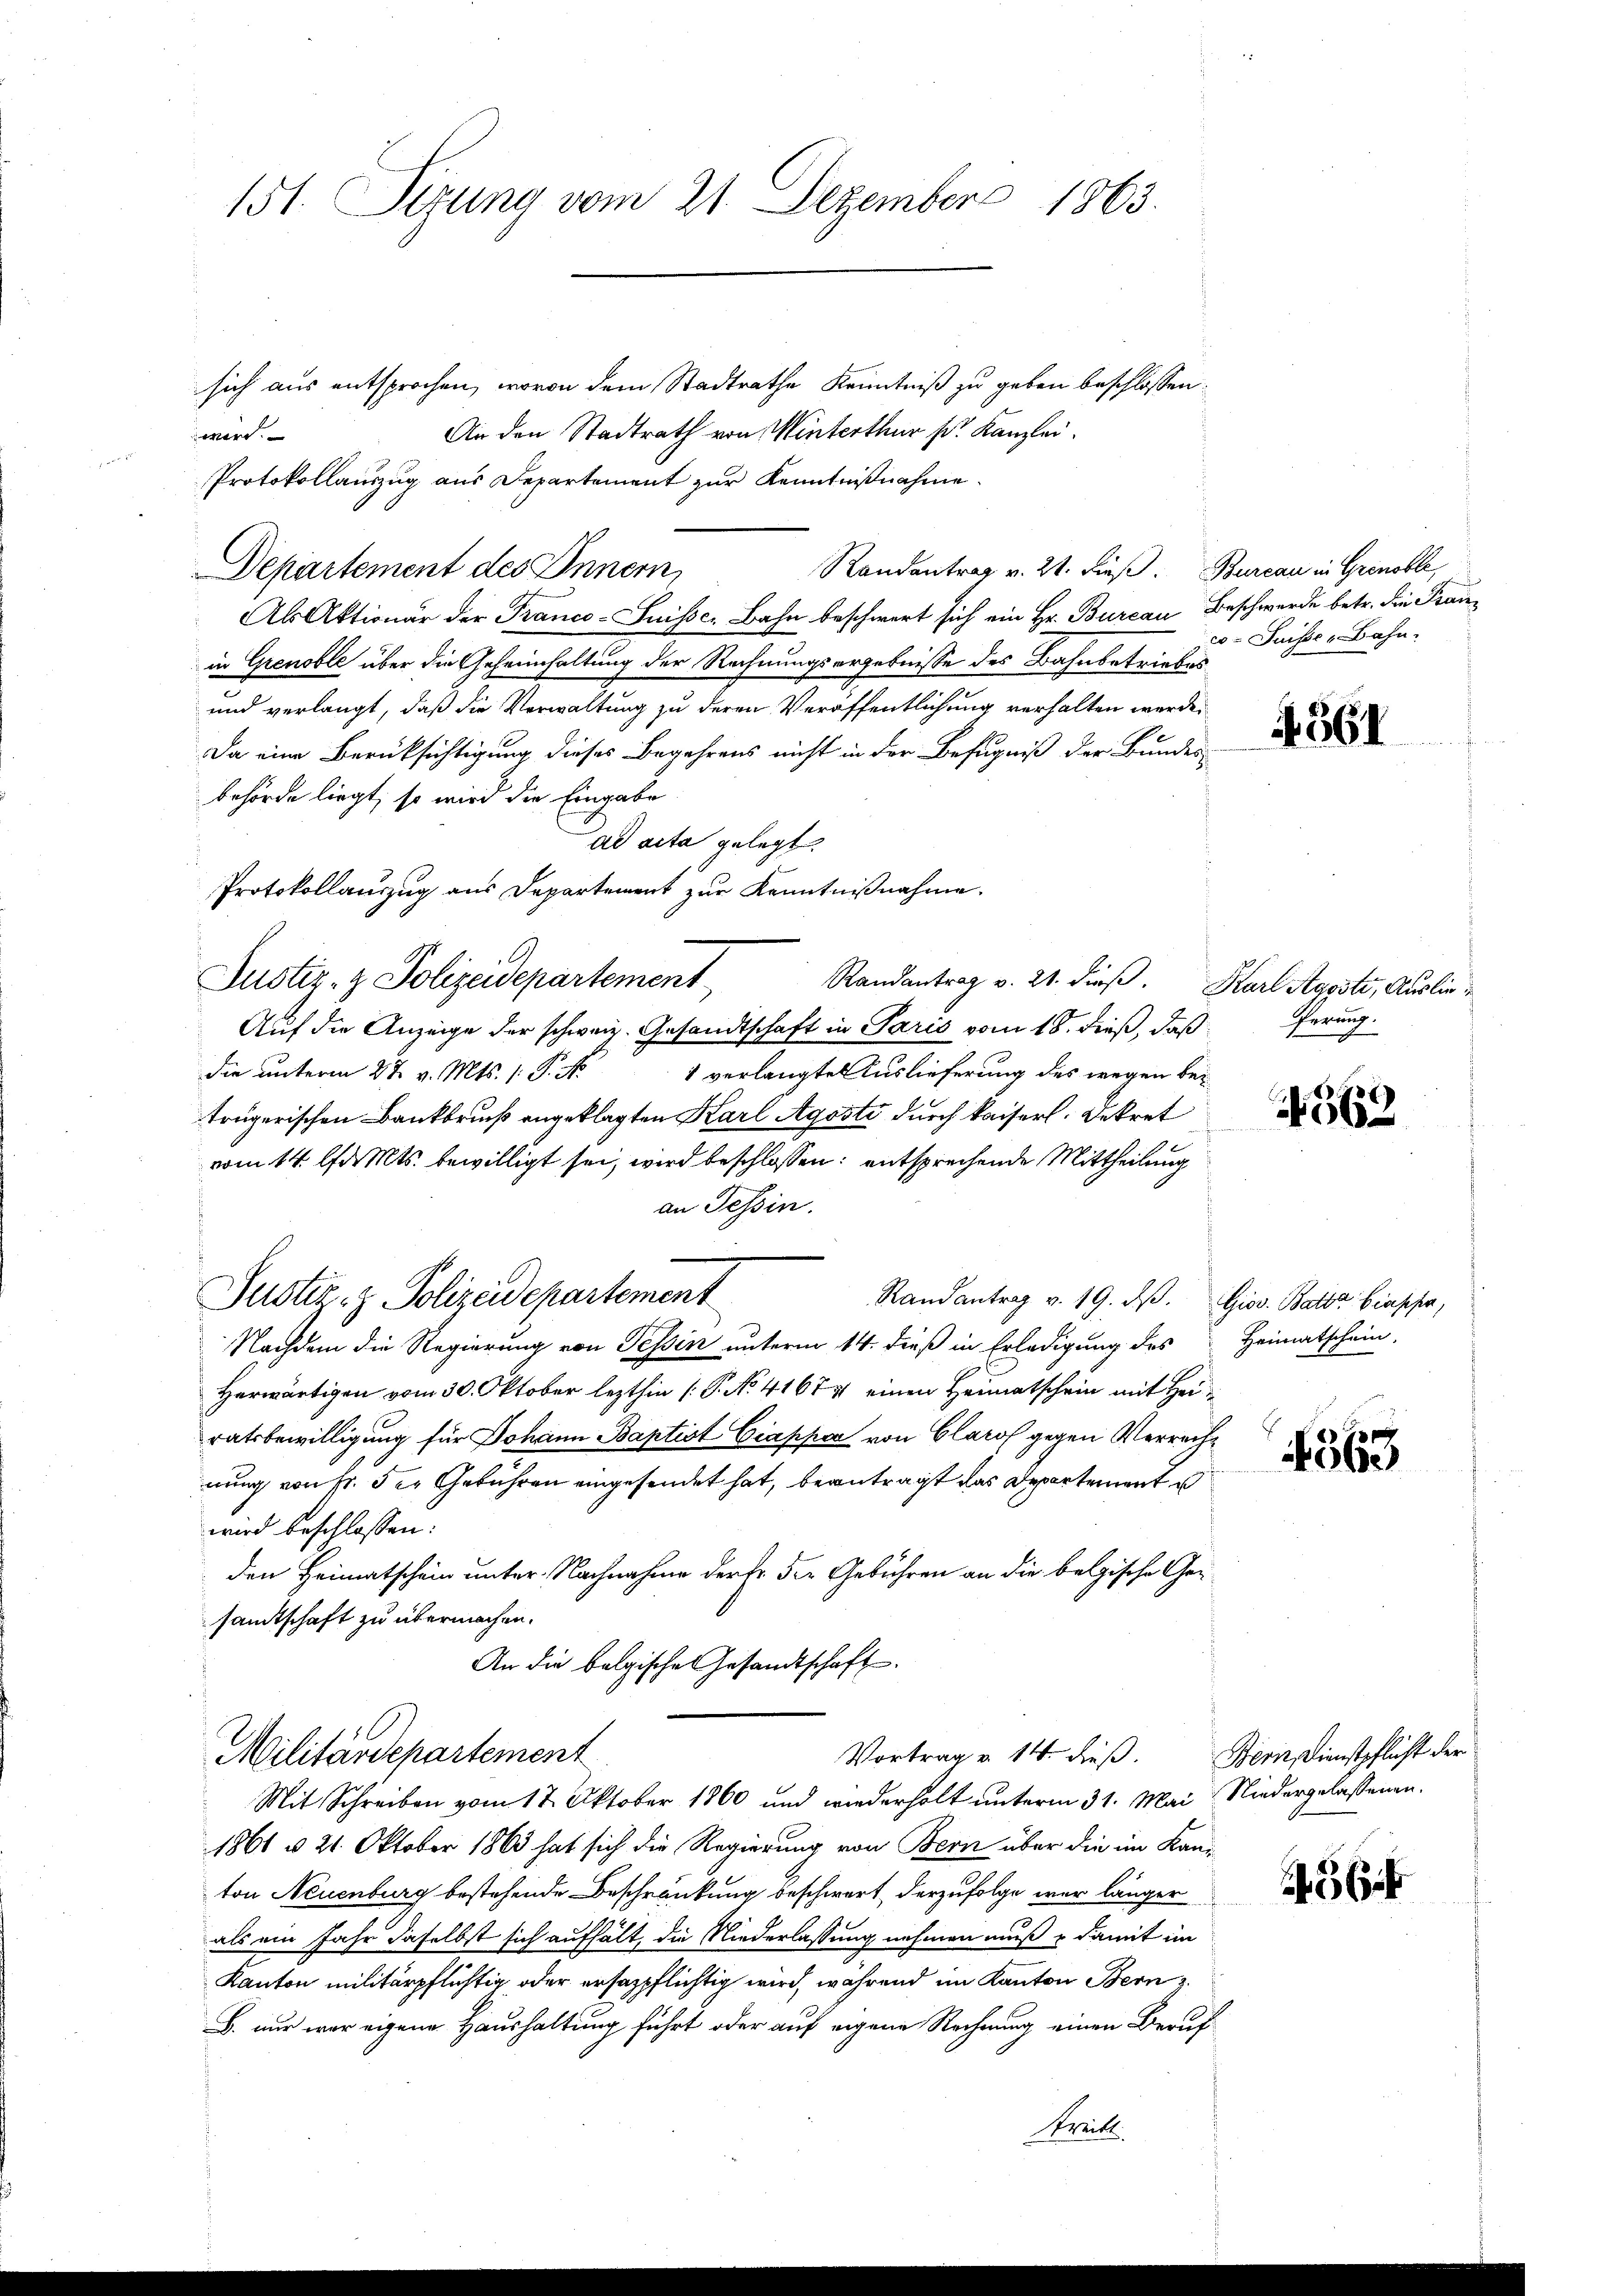
151. Sizung vom 21. Dezember 1863.

sich aus entsprochen, wovon dem Stadtrathe Kenntniß zu geben beschlossen:
An den Stadtrath von Winterthur pr. Kanzlei.
wird.
Protokollauszug aus Departement zur Kenntnißnahme.
Randantrag v. 21. dieß. Bureau in Grinoble
Departement des Innern,
Als Aktionär der Franco-Suisser Bahn beschwert sich ein Hr. Bureau Beschwerde betr. die Frauin Grenoble über die Geheimhaltung der Rechnungsergebnisse des Bahnbetriebes
und verlangt, daß die Verwaltung zu deren Veröffentlichung verhalten werde.
Da eine Berücksichtigung dieses Begehrens nicht in der Befugniß der Bundes
behörde liegt, so wird die Eingabe
ad acta gelegt.
Protokollanzug aus Departement zur Kenntnißnahme.
Justiz- & Polizeidepartement
Auf die Anzeige der schweiz. Gesandtschaft in Paris vom 18. dieß, daß ferung.
die unterm 27. v. Mts. 1. P. No
1 verlangte Auslieferung des wegen bei
trügerischen Bankbruch angeklagten Karl Agosti durch kaiserl. Dekret
vom 14. Ja Mts. bewilligt sei, wird beschlossen: entsprechende Mittheilung
an Tessin.
Justiz- & Polizeidepartement
Randantrag v. 19. dβ. Giov. Batte biappe,
Nachdem die Regierung von Tessin unterm 14. dieß in Erledigung des
Herwärtigen vom 30. Oktober lezthin (P. No. 41671 einen Heimatschein mit Hei
ratsbewilligung für Johann Baptist Ciappe von Clarof gegen Verrecht
nung von Fr. 5 er Gebühren eingesendet hat, beantragt das Departement u
wird beschlossen:
den Heimatschein unter Nachnahme derke der Gebühren an die belgische Gesamtschaft zu übermachen.
An die belgische Gesandtschaft
Militärdepartement
Vortrag v. 14. dieß. Bern Dienstpflicht der
Mit Schreiben vom 17. Oktober 1860 und wiederholt unterm 31. Mai Niedergelassenen.
1861 & 21. Oktober 1863 hat sich die Regierung von Bern über die im Kanton Neuenburg bestehende Beschränkung beschwert, derzufolge war länger
als ein Jahr daselbst sich aufhält, die Niederlassung nehmen muß & damit im
Kanton militärpflichtig oder ersazpflichtig wird, während im Kanton Bern
B. nur war eigene Haushaltung führt oder auf eigene Rechnung einen Beruf

Randantrag v. 21. dieβ. Karl Aggstr, Auslie¬

Suisse Bahn.

4361

562

Heimatschein,

4563

456